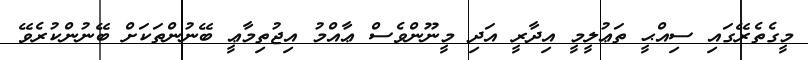
މީގެތެރޭގައި ސިއްޙީ ތަޢުލީމީ އިދާރީ އަދި މީނޫންވެސް ޢާއްމު އިޖުތިމާޢީ ބޭނުންތަކަށް ބޭނުންކުރެވޭ